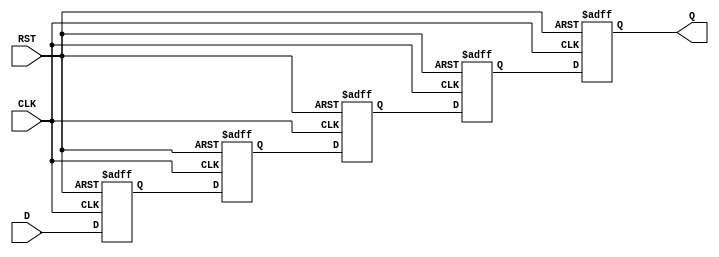
module pipeline_buffer #(
    parameter DEPTH = 4,       // Number of pipeline stages
    parameter DATA_WIDTH = 8   // Width of the data bus
)(
    input  wire [DATA_WIDTH-1:0] D,   // Data input
    input  wire CLK,                   // Clock signal
    input  wire RST,                   // Asynchronous reset
    output reg  [DATA_WIDTH-1:0] Q     // Data output
);

    // Internal registers for the pipeline stages
    reg [DATA_WIDTH-1:0] buffer [0:DEPTH-1];

    integer i;

    // Asynchronous reset and clock edge triggering
    always @(posedge CLK or posedge RST) begin
        if (RST) begin
            // Reset all stages to zero
            for (i = 0; i < DEPTH; i = i + 1) begin
                buffer[i] <= {DATA_WIDTH{1'b0}};
            end
            Q <= {DATA_WIDTH{1'b0}}; // Reset output
        end else begin
            // Shift data through the pipeline
            buffer[0] <= D; // First stage captures input data
            for (i = 1; i < DEPTH; i = i + 1) begin
                buffer[i] <= buffer[i-1]; // Shift data to the next stage
            end
            Q <= buffer[DEPTH-1]; // Output from the last stage
        end
    end

endmodule